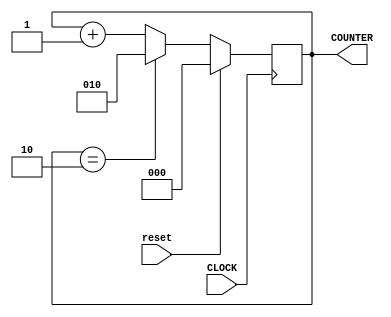
`timescale 1ns / 1ps
//////////////////////////////////////////////////////////////////////////////////
// Company: 
// Engineer: 
// 
// Design Name: 
// Module Name: counter2s
// Project Name: 
// Target Devices: 
// Tool Versions: 
// Description: 
// 
// Dependencies: 
// 
// Revision:
// Revision 0.01 - File Created
// Additional Comments:
// 
//////////////////////////////////////////////////////////////////////////////////


module counter2s (input CLOCK, reset,
                  output reg [2:0] COUNTER = 0);
    
    always @ (posedge CLOCK) begin
    
        if (reset == 0) begin 
            COUNTER <= (COUNTER == 2) ? 2 : COUNTER + 1; 
        end else begin
            COUNTER <= 0;
        end
       
    end
endmodule